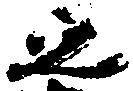
之